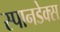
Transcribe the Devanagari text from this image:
स्पानडेक्स